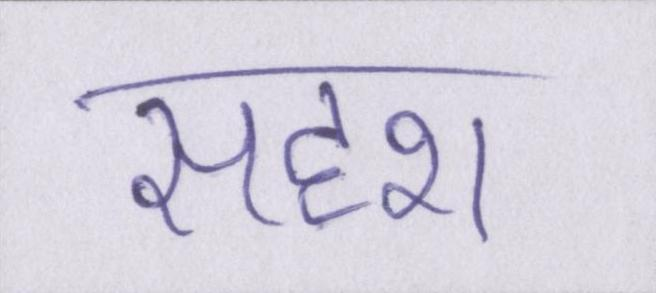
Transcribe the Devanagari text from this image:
सदृश